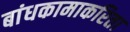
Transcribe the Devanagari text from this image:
बांधकामाकरिता